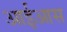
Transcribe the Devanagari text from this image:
आईआस